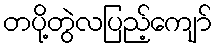
တပို့တွဲလပြည့်ကျော်